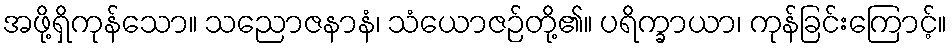
အဖို့ရှိကုန်သော။ သညောဇနာနံ၊ သံယောဇဉ်တို့၏။ ပရိက္ခာယာ၊ ကုန်ခြင်းကြောင့်။